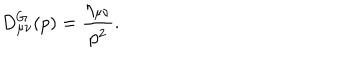
D _ { \mu \nu } ^ { G } ( p ) = \frac { \eta _ { \mu \nu } } { p ^ { 2 } } .